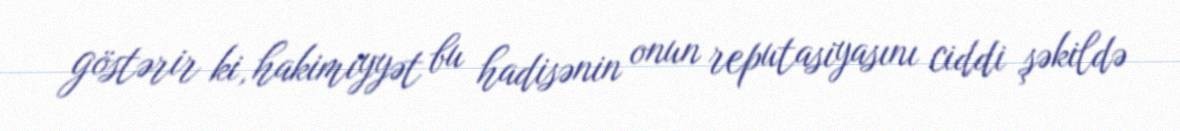
göstərir ki, hakimiyyət bu hadisənin onun reputasiyasını ciddi şəkildə